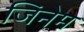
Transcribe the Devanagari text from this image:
जिनेम